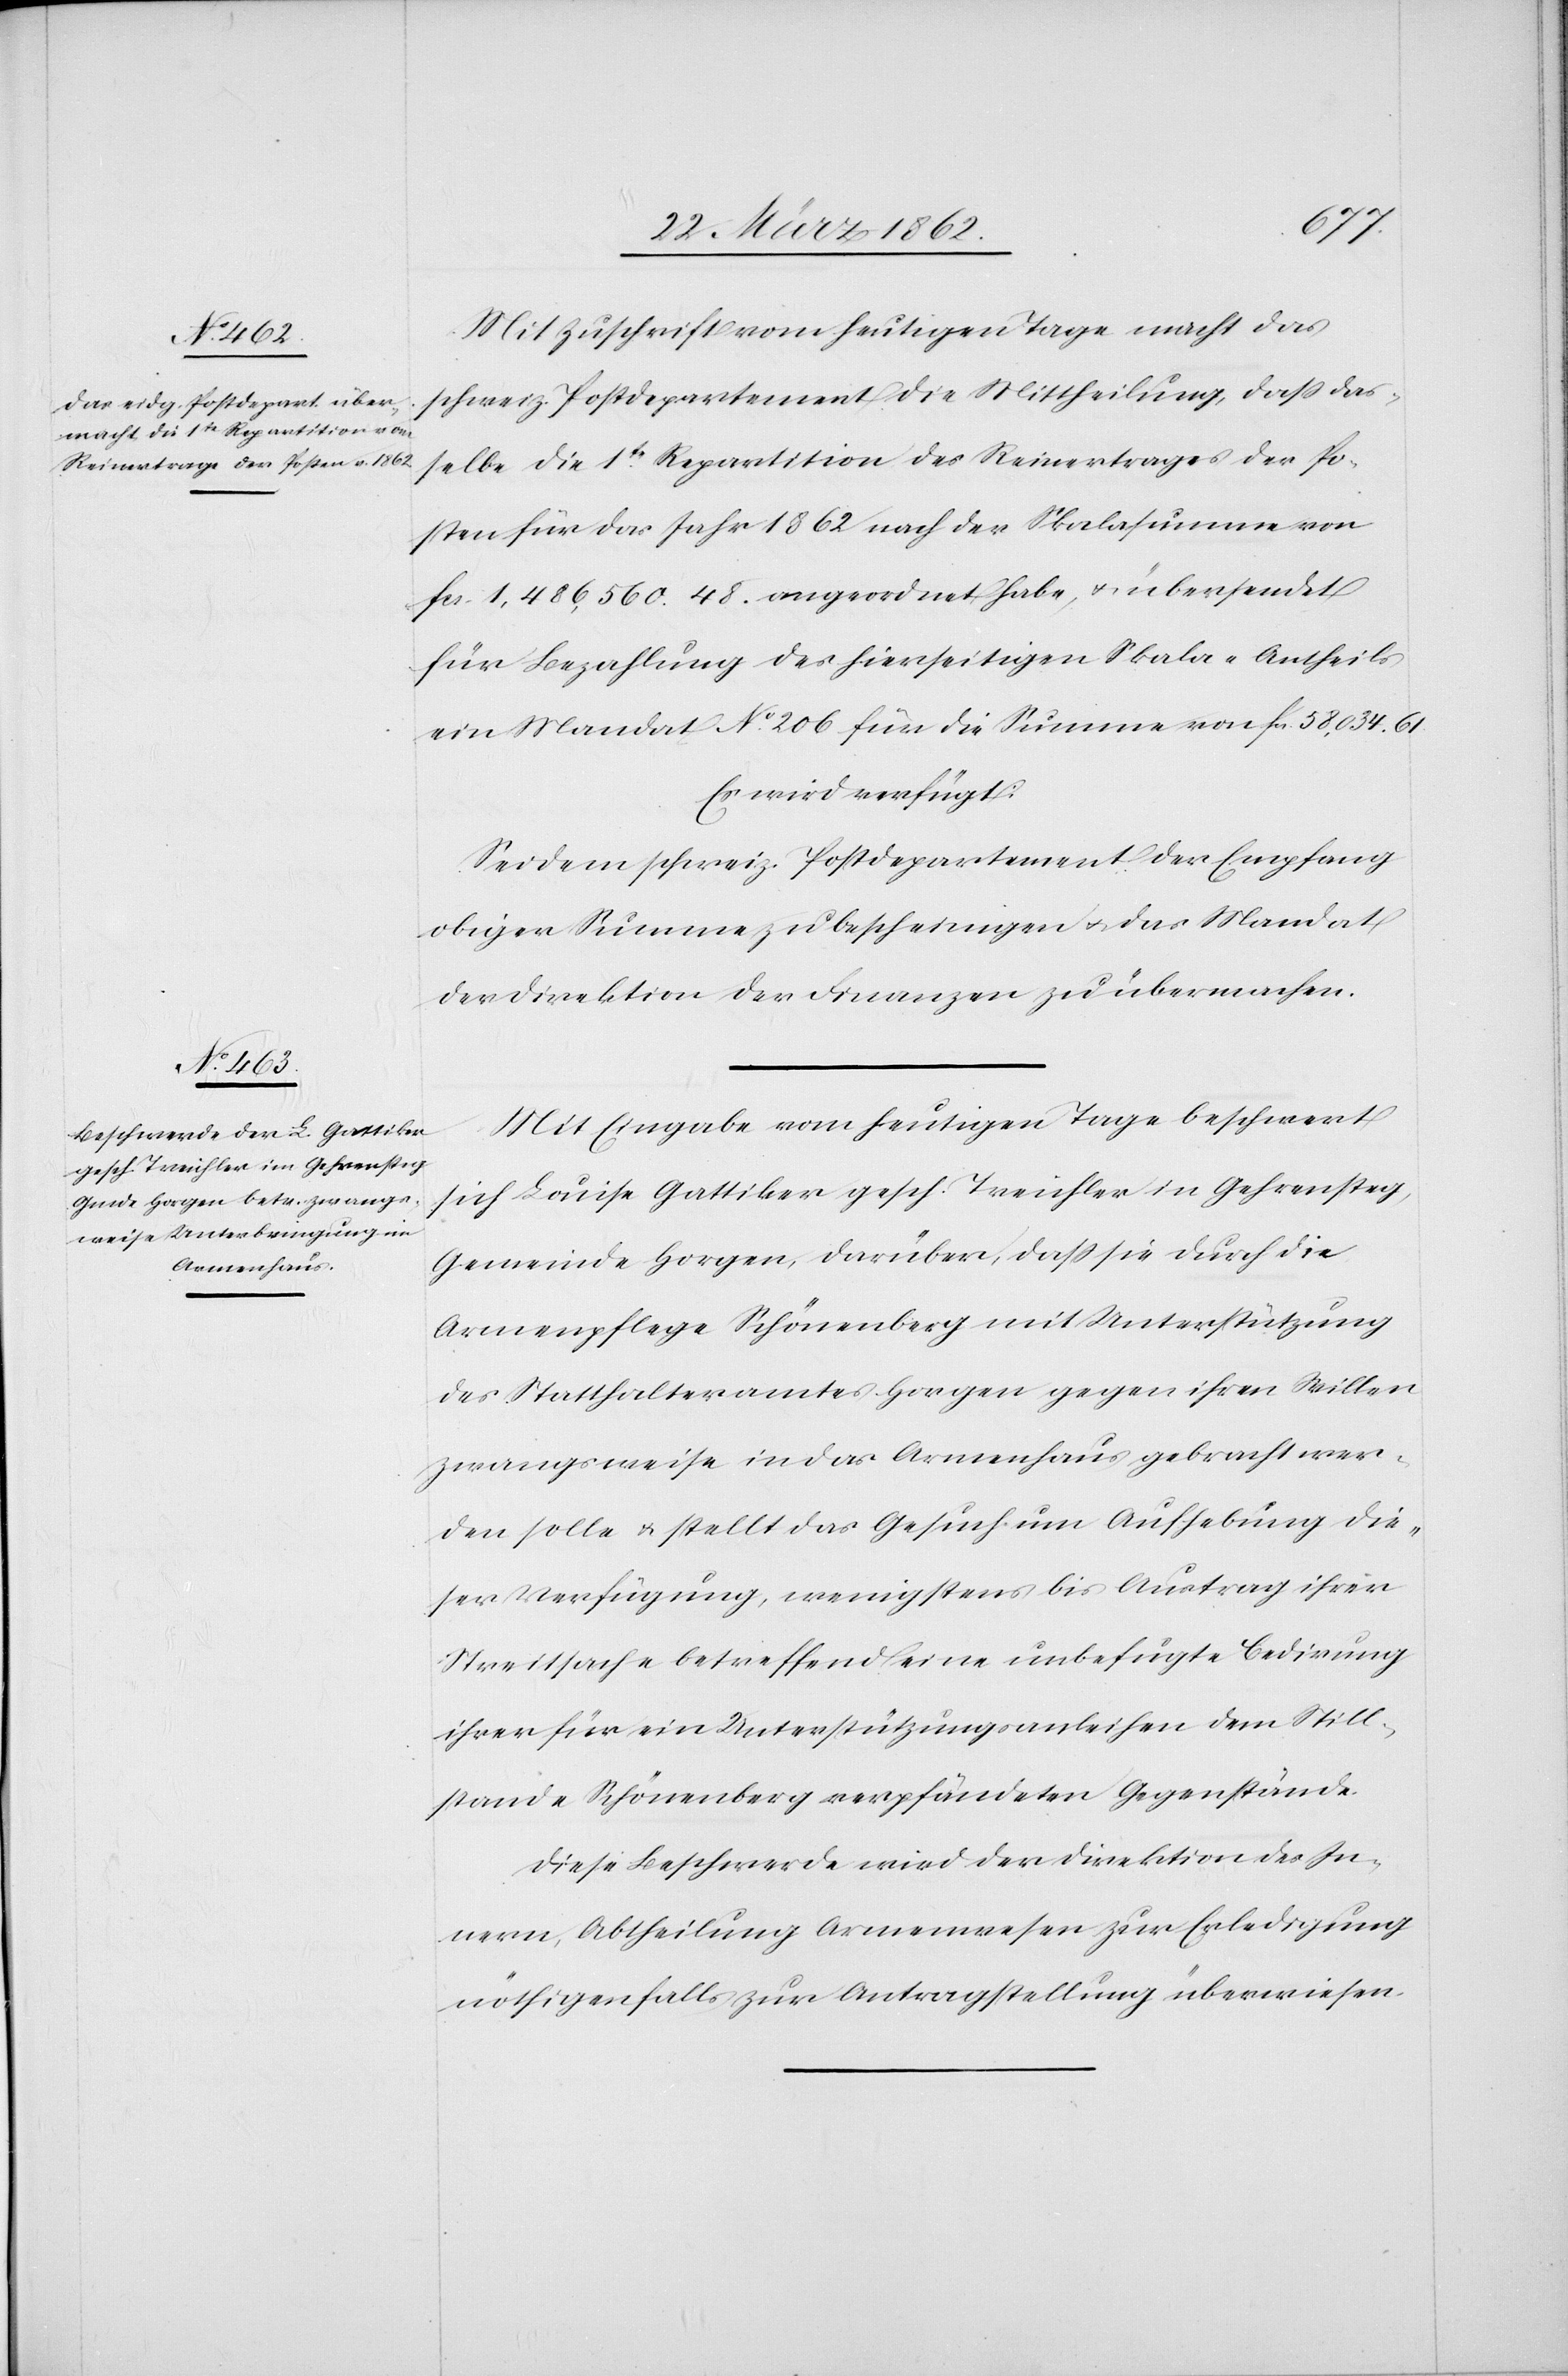
26. März 1862.]
Mit Zuschrift vom heutigen Tage macht das
schweiz. Postdepartement die Mittheilung, daß das¬
selbe die 1te Repartition des Reinertrages der Po¬
sten für das Jahr 1862 nach der Skalasumme von
fcs. 1,486,560.48. angeordnet habe, u. übersendet
für Bezahlung des hierseitigen Skala-Antheils
ein Mandat No. 206 für die Summe von fcs. 58,034.61.
Es wird verfügt:
Sei dem schweiz. Postdepartement der Empfang
obiger Summe zu bescheinigen u. das Mandat
der Direktion der Finanzen zu übermachen.
Mit Eingabe vom heutigen Tage beschwert
sich Louise Gattiker gesch. Treichler in Gehrensteg,
Gemeinde Horgen, darüber, daß sie durch die
Armenpflege Schönenberg mit Unterstützung
des Statthalteramtes Horgen gegen ihren Willen
zwangsweise in das Armenhaus gebracht wer¬
den solle u. stellt das Gesuch um Aufhebung die¬
ser Verfügung, wenigstens bis Austrag ihrer
Streitsache betreffend eine unbefugte Cedirung
ihrer für ein Unterstützungsanleihen dem Still¬
stande Schönenberg verpfändeten Gegenstände.
Diese Beschwerde wird der Direktion des In¬
nern, Abtheilung Armenwesen zur Erledigung
nöthigenfalls zur Antragstellung überwiesen.